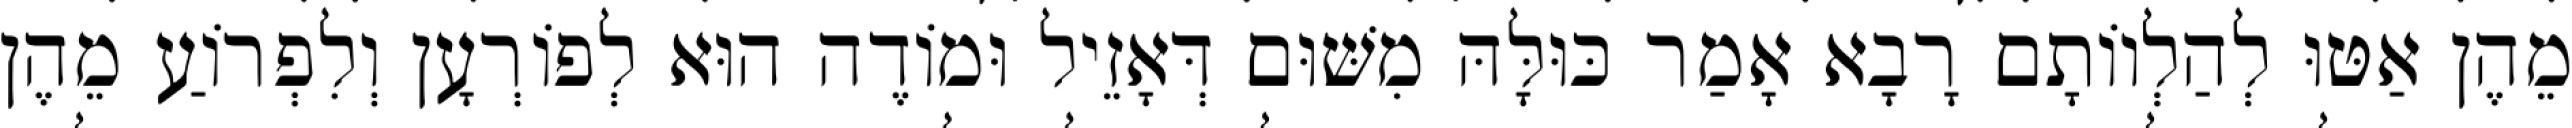
מֵהֶן אַטּוּ לְהַלְווֹתָם רָבָא אָמַר כּוּלָּהּ מִשּׁוּם דְּאָזֵיל וּמוֹדֶה הוּא לְפוֹרְעָן וְלִפְרוֹעַ מֵהֶן